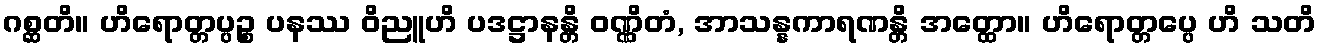
ဂစ္ဆတိ။ ဟိရောတ္တပ္ပဉ္စ ပနဿ ဝိညူဟိ ပဒဋ္ဌာနန္တိ ဝဏ္ဏိတံ, အာသန္နကာရဏန္တိ အတ္ထော။ ဟိရောတ္တပ္ပေ ဟိ သတိ